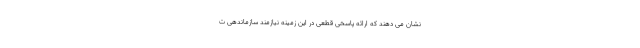
نشان می دهند که ارائه پاسخی قطعی در این زمینه نیازمند سازماندهی ت